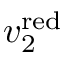
v _ { 2 } ^ { \mathrm { r e d } }